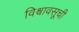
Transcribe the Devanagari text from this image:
विश्वावसूची